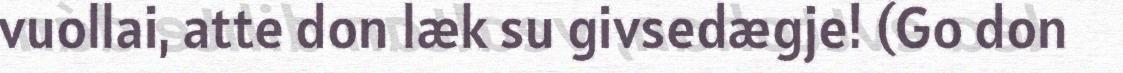
vuollai, atte don læk su givsedægje! (Go don